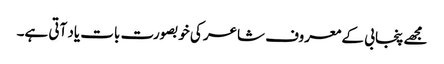
مجھے پنجابی کے معروف شاعر کی خوبصورت بات یاد آتی ہے۔